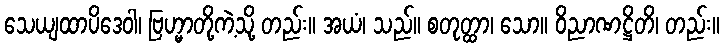
သေယျထာပိဒေဝါ၊ ဗြဟ္မာတို့ကဲ့သို့ တည်း။ အယံ၊ သည်။ စတုတ္ထာ၊ သော။ ဝိညာဏဋ္ဌိတိ၊ တည်း။